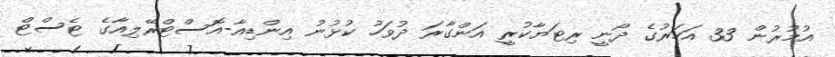
އުމުރުން 33 އަހަރުގެ ދޯނީ ރިޓަޔާކުރީ އަންގާރަ ދުވަހު ކުޅުނު އިންޑިއާ-އޮސްޓްރޭލިއާގެ ޓެސްޓް